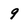
Character: 9